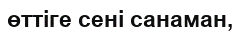
өттіге сені санаман,